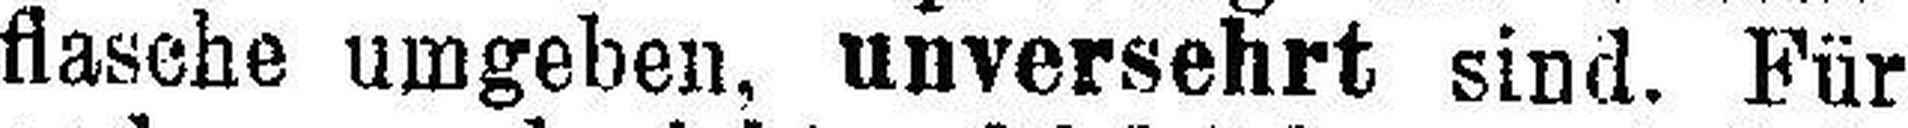
flasche umgeben, unversehrt sind. Für